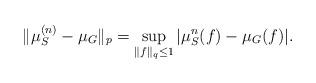
LaTeX: \begin{align*}\|\mu_S^{(n)} - \mu_G\|_p=\sup_{\|f\|_q\leq 1} |\mu_S^n(f)-\mu_G(f)|.\end{align*}